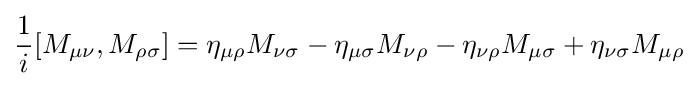
{\frac {1}{i}}[M_{\mu \nu },M_{\rho \sigma }]=\eta _{\mu \rho }M_{\nu \sigma }-\eta _{\mu \sigma }M_{\nu \rho }-\eta _{\nu \rho }M_{\mu \sigma }+\eta _{\nu \sigma }M_{\mu \rho }